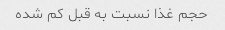
حجم غذا نسبت به قبل کم شده